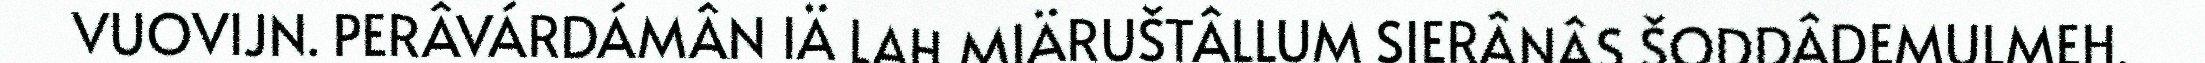
VUOVIJN. PERÂVÁRDÁMÂN IÄ LAH MIÄRUŠTÂLLUM SIERÂNÂS ŠODDÂDEMULMEH,